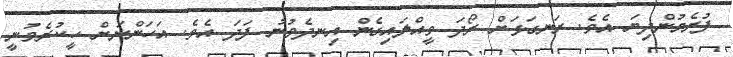
ފުރެމުންދިޔަ އެވެ. ރަނގަޅަށް ރޯދަ ވީއްލައިގެން އިނދެވުނު ފަދަ އެވެ. އަހަންނަށް ހީކުރެވުނީ